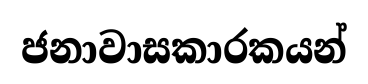
ජනාවාසකාරකයන්